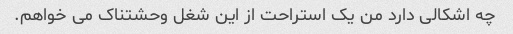
چه اشکالی دارد من یک استراحت از این شغل وحشتناک می خواهم.